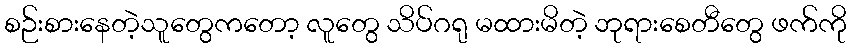
စဉ်းစားနေတဲ့သူတွေကတော့ လူတွေ သိပ်ဂရု မထားမိတဲ့ ဘုရားစေတီတွေ ဖက်ကို